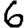
Digit: 6